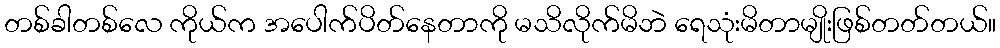
တစ်ခါတစ်လေ ကိုယ်က အပေါက်ပိတ်နေတာကို မသိလိုက်မိဘဲ ရေသုံးမိတာမျိုးဖြစ်တတ်တယ်။